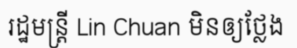
រដ្ឋមន្ត្រី Lin Chuan មិនឲ្យថ្លែង